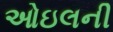
ઓઇલની